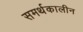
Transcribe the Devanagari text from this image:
समर्थकालीन